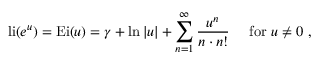
\operatorname { l i } ( e ^ { u } ) = { \mathrm { E i } } ( u ) = \gamma + \ln | u | + \sum _ { n = 1 } ^ { \infty } { \frac { u ^ { n } } { n \cdot n ! } } \quad { \mathrm { ~ f o r ~ } } u \neq 0 \; ,